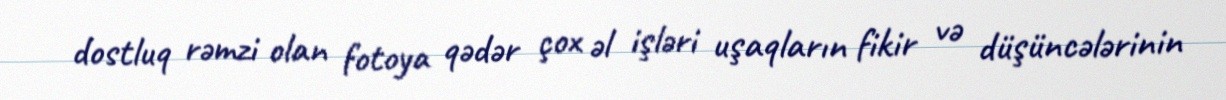
dostluq rəmzi olan fotoya qədər çox əl işləri uşaqların fikir və düşüncələrinin